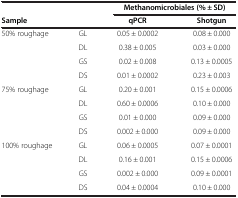
<table><thead><tr><td colspan="2"><b> </b></td><td colspan="2"><b>Methanomicrobiales (% ± SD)</b></td></tr><tr><td colspan="2"><b>Sample</b></td><td><b>qPCR</b></td><td><b>Shotgun</b></td></tr></thead><tbody><tr><td rowspan="4">50% roughage</td><td>GL</td><td>0.05 ± 0.0002</td><td>0.08 ± 0.000</td></tr><tr><td>DL</td><td>0.38 ± 0.005</td><td>0.03 ± 0.000</td></tr><tr><td>GS</td><td>0.02 ± 0.008</td><td>0.13 ± 0.0005</td></tr><tr><td>DS</td><td>0.01 ± 0.0002</td><td>0.23 ± 0.003</td></tr><tr><td rowspan="4">75% roughage</td><td>GL</td><td>0.20 ± 0.001</td><td>0.15 ± 0.0006</td></tr><tr><td>DL</td><td>0.60 ± 0.0006</td><td>0.10 ± 0.000</td></tr><tr><td>GS</td><td>0.01 ± 0.000</td><td>0.09 ± 0.000</td></tr><tr><td>DS</td><td>0.002 ± 0.000</td><td>0.09 ± 0.000</td></tr><tr><td rowspan="3">100% roughage</td><td>GL</td><td>0.06 ± 0.0005</td><td>0.07 ± 0.0001</td></tr><tr><td>DL</td><td>0.16 ± 0.001</td><td>0.15 ± 0.0006</td></tr><tr><td>GS</td><td>0.002 ± 0.000</td><td>0.09 ± 0.0001</td></tr><tr><td> </td><td>DS</td><td>0.04 ± 0.0004</td><td>0.10 ± 0.000</td></tr></tbody></table>